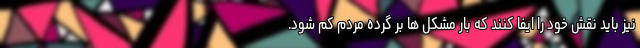
نیز باید نقش خود را ایفا کنند که بار مشکل ها بر گُرده مردم کم شود.